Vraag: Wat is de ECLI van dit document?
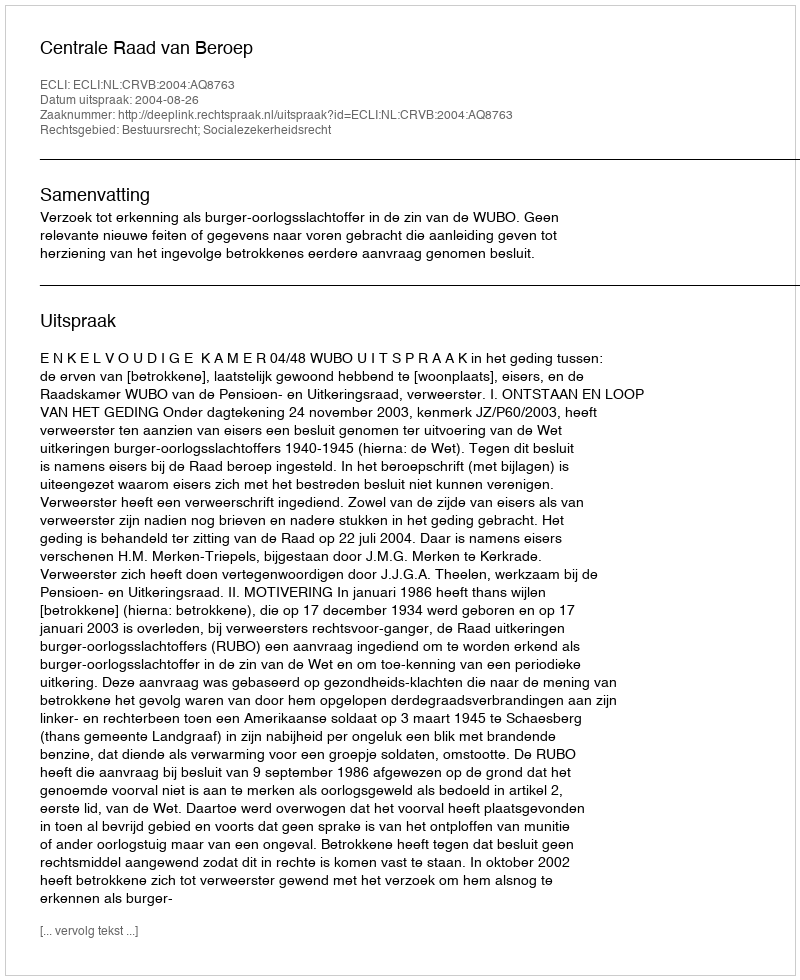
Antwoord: ECLI:NL:CRVB:2004:AQ8763